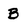
Character: B